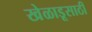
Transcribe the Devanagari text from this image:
खेळाडूसाठी